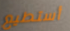
أستطيع